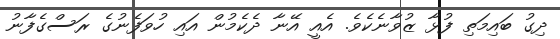
ދިގު ބައިމަތި ފުޅާ ޒުވާނެކެވެ. އެއީ އޭނާ ދެކެމުން އައި ހުވަފެނުގެ ރަސްގެފާނު